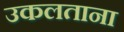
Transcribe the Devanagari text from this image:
उकलताना